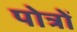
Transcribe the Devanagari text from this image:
पोत्रों